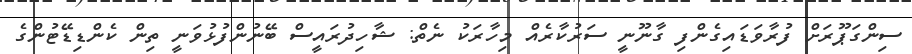
ސިންގަޕޫރަށް ފުރާވަޑައިގެންފި ގާނޫނީ ސަރުކާރެއް މިހާރަކު ނެތް: ޝާހިދުރައީސް ބޭނުންފުޅުވަނީ ތިން ކެންޑިޑޭޓުންގެ